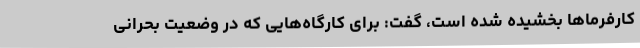
کارفرماها بخشیده شده است، گفت: برای کارگاه‌هایی که در وضعیت بحرانی